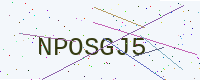
Text: NPOSGJ5